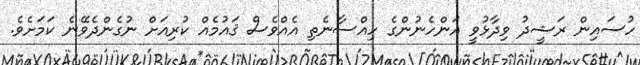
ހުސައިން ރަޝީދު ވިދާޅުވީ އަންހެނުންގެ ހިއްސާނެތި އެއްވެސް ޤައުމެއް ކުރިއަށް ނުގެންދެވޭނެ ކަމަށެވެ.